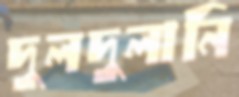
দুলদুলানি